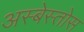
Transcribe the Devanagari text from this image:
अस्बेस्तोस